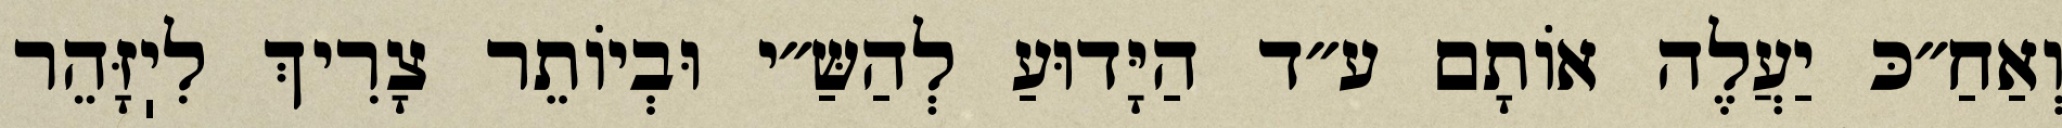
וְאַחַ״כּ יַעֲלֶה אוֹתָם ע״ד הַיָּדוּעַ לְהַשַּ״י וּבְיוֹתֵר צָרִיךְ לִיֽזָּהֵר